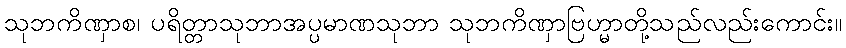
သုဘကိဏှာစ၊ ပရိတ္တာသုဘာအပ္ပမာဏသုဘာ သုဘကိဏှာဗြဟ္မာတို့သည်လည်းကောင်း။